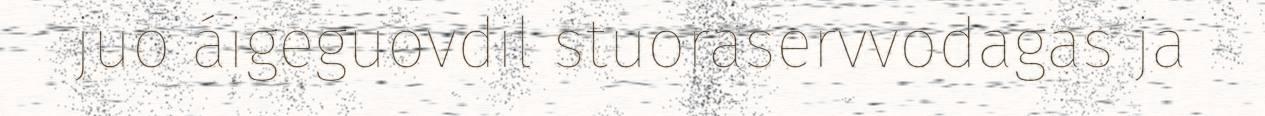
juo áigeguovdil stuoraservvodagas ja